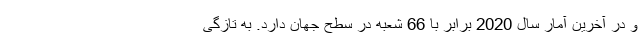
و در آخرین آمار سال 2020 برابر با 66 شعبه در سطح جهان دارد. به تازگی